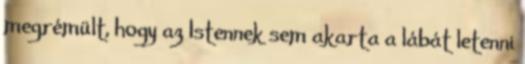
megrémült, hogy az Istennek sem akarta a lábát letenni